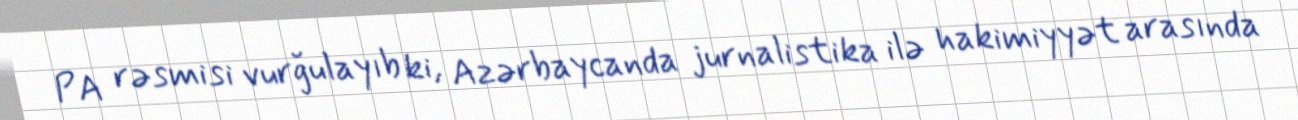
PA rəsmisi vurğulayıb ki, Azərbaycanda jurnalistika ilə hakimiyyət arasında